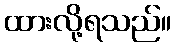
ထားလို့ရသည်။